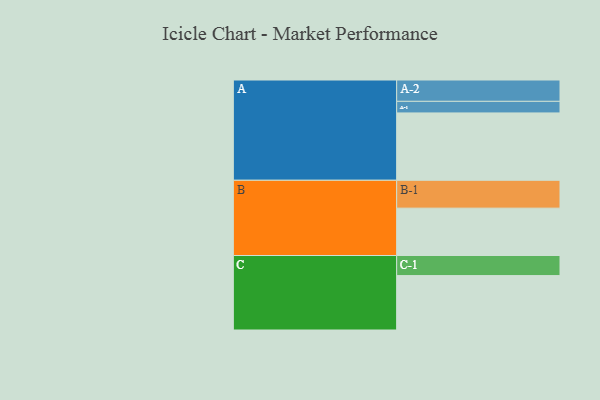
{"axis": {"x": "Segment", "y": "Value"}, "legend": ["", "A", "B", "C"], "data": [{"x": "A", "y": 546, "type": ""}, {"x": "B", "y": 384, "type": ""}, {"x": "C", "y": 441, "type": ""}, {"x": "A-1", "y": 94, "type": "A"}, {"x": "A-2", "y": 173, "type": "A"}, {"x": "B-1", "y": 226, "type": "B"}, {"x": "C-1", "y": 163, "type": "C"}]}